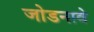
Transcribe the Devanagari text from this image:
जोडनावे